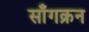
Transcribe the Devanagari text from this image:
साँगक्रन